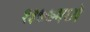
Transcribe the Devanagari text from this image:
१३७७मध्ये